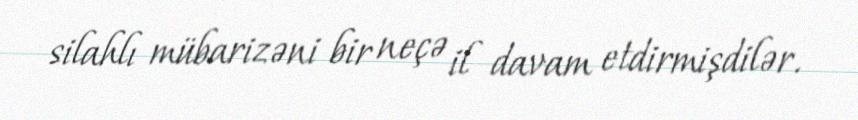
silahlı mübarizəni bir neçə il davam etdirmişdilər.